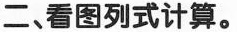
二、看图列式计算。